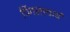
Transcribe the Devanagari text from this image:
पिंगलाचार्य